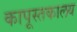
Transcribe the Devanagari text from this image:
कापूस्तकालय